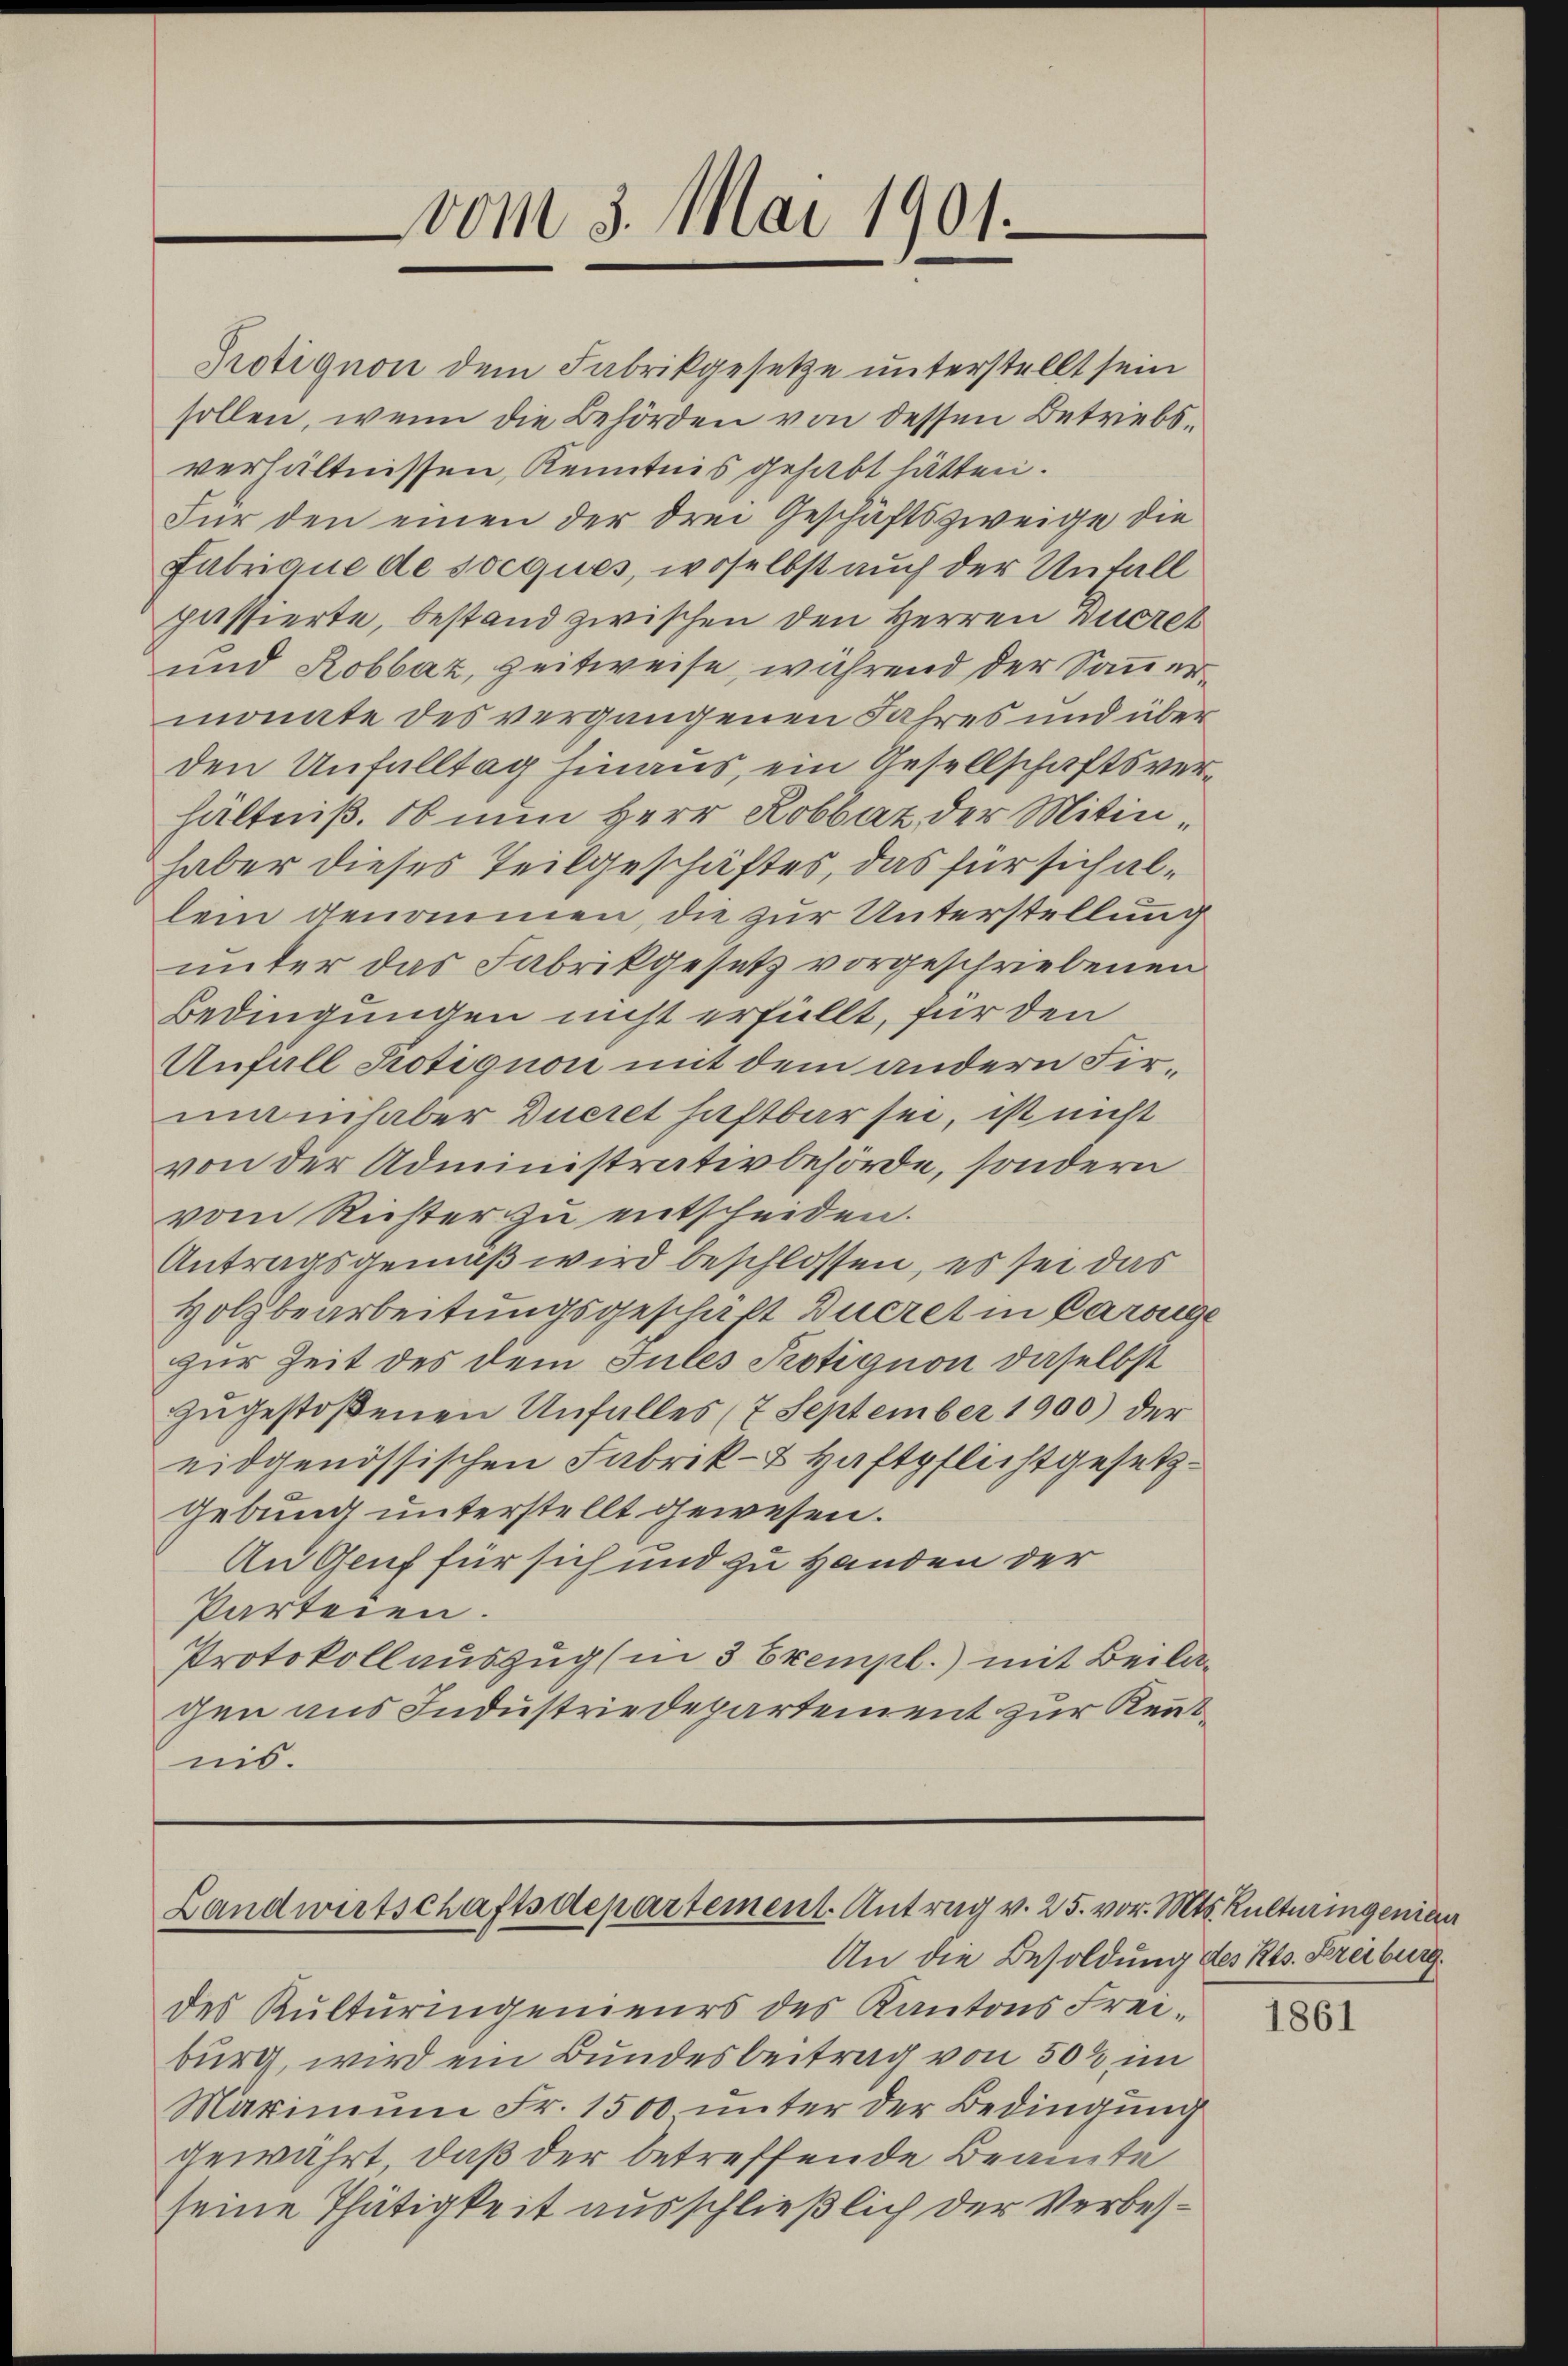
vom 3. Mai 1901.

Protignon dem Fabrikgesetze unterstellt sein
sollen, wenn die Behörden von dessen Betriebsverhältnissen, Kenntnis gehabt hätten.
Für den einen der drei Geschäftszweige die
Fabrique de socques, woselbst auch der Unfall
passierte, bestand zwischen den Herren Ducret
und Robbaz, zeitweise, während der Sanermonate des vergangenen Jahres und über
den Unfalltag hinaus, ein Gesellschaftsverhältniß. Ob nun Herr Robbat der Mitinhaber dieses Teilgeschäftes, das für sich allein genommen, die zur Unterstellung
unter das Fabrikgesetz vorgeschriebenen
Bedingungen nicht erfüllt, für den
Unfall Protignon mit dem andern Firmanhaber Dueret haftbar sei, ist nicht
von der Administrativbehörde, sondern
vom Richter zu entscheiden.
Antragsgemäß wird beschlossen, es sei das
Holzbearbeitungsgeschaft Dueret in Carouge
zur Zeit des dem Tules Protignon daselbst
zugestoßenen Unfalles (7 September 1900) der
eidgenössischen Fabrik- & Haftpflichtgesetz¬
Gebung unterstellt gewesen.
An Genf für sich und zu Handen der
Parteien.
Protokollauszug (in 3 Exempl.) mit Beilagen aus Industriedepartement zur Kenntnis.

Landwirtschaftsdepartement. Antrag v. 25. vor. Mts. Kulturingenian
An die Besoldung des Kts. Freiburg

des Kulturingenieurs des Kantons Frei-
burg, wird ein Bundesbeitrag von 502 im
Maximum Fr. 1500 unter der Bedingung
gewährt, daß der betreffende Beamte
seine Thätigkeit ausschließlich der Verbes¬

1861